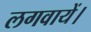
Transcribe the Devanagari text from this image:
लगवायें।